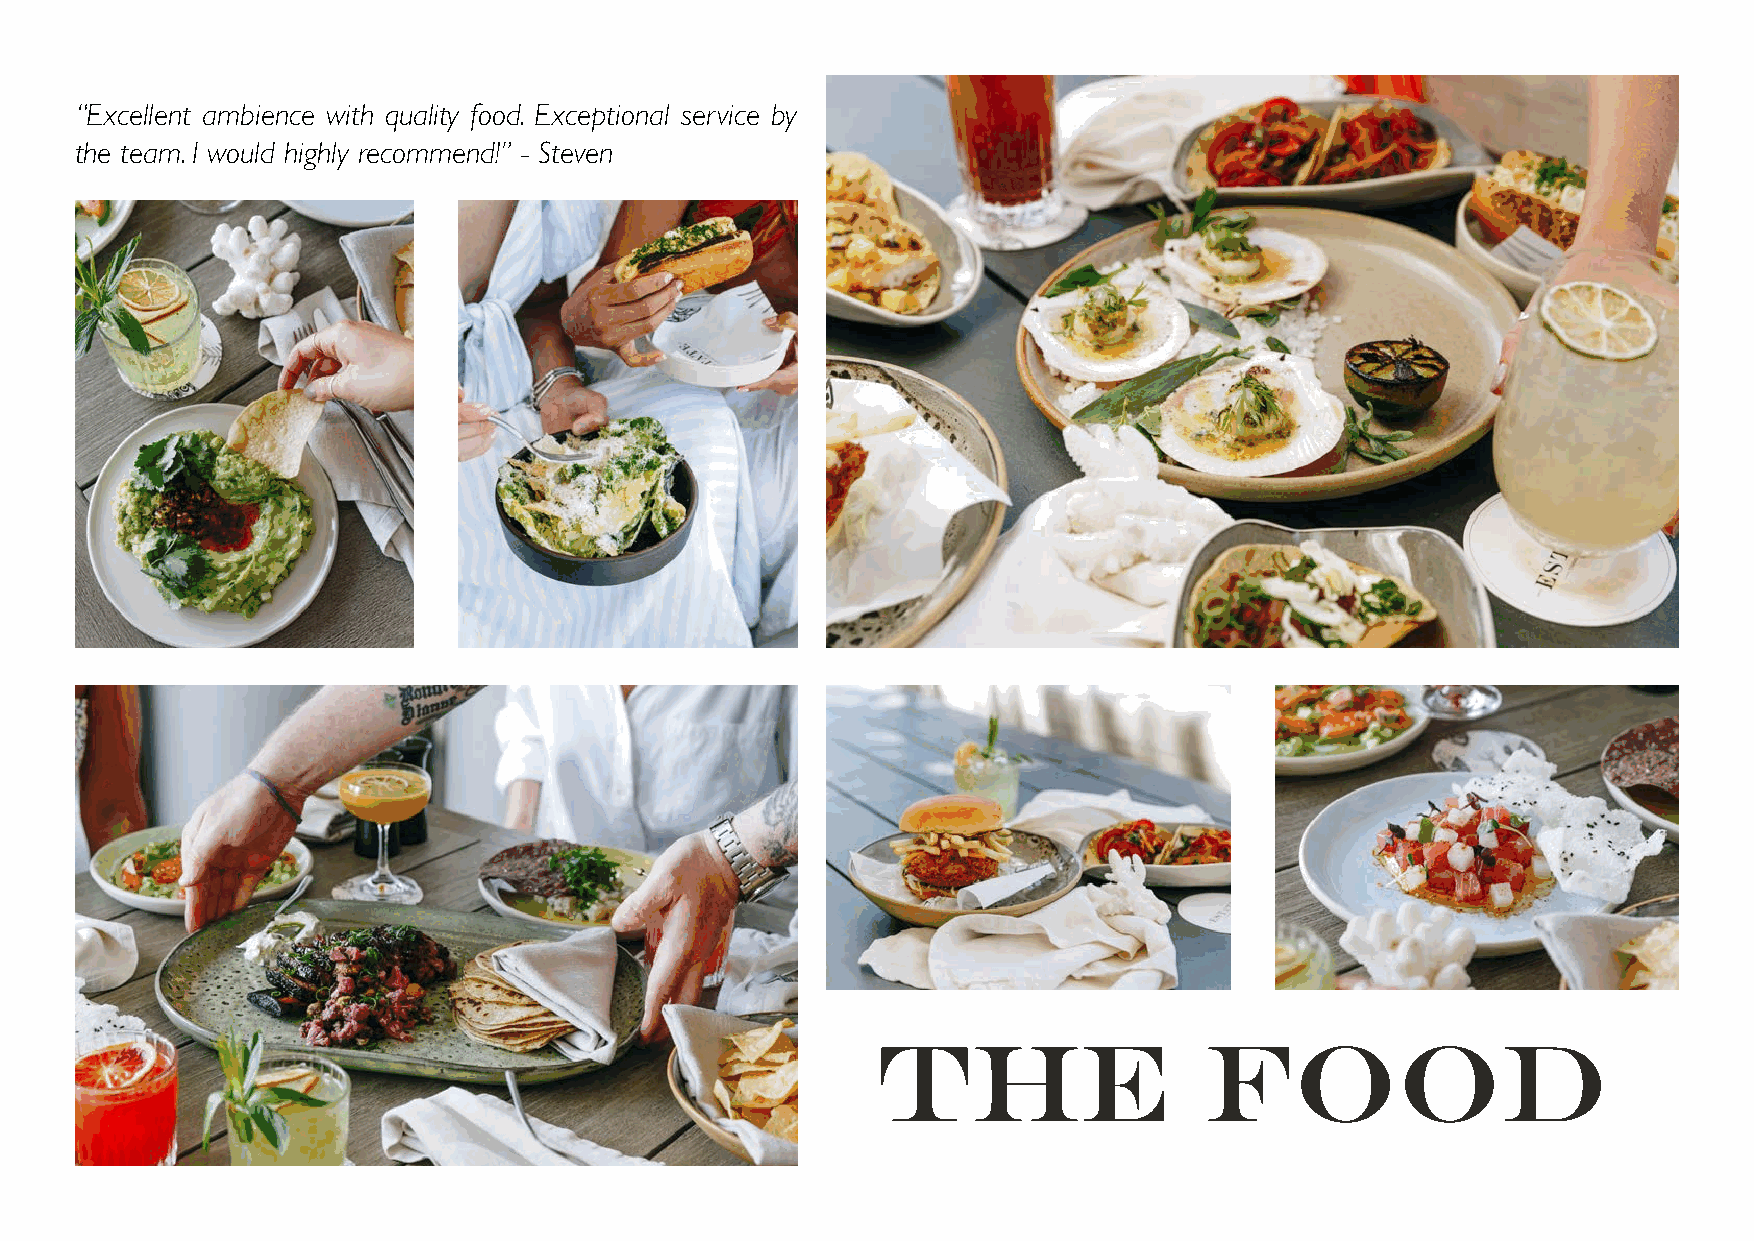
“Excellent ambience with quality food. Exceptional service by
 the team. I would highly recommend!” - Steven
 the                   food